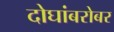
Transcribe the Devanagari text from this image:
दोघांबरोबर